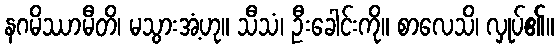
နဂမိဿာမီတိ၊ မသွားအံ့ဟု။ သီသံ၊ ဦးခေါင်းကို။ စာလေသိ၊ လှုပ်၏။